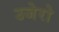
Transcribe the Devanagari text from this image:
उजेरो